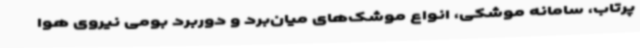
پرتاب، سامانه موشکی، انواع موشک‌های میان‌برد و دوربرد بومی نیروی هوا